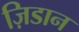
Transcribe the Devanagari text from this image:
ज़िडान